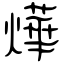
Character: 燁